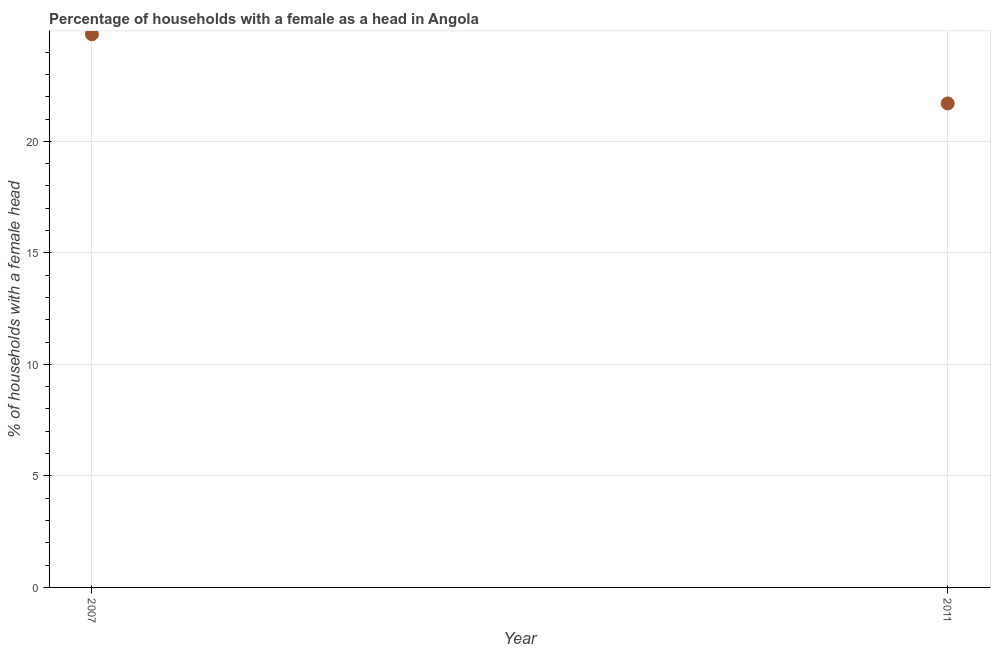
| Year | Female headed households |
 | --- | --- |
 | 2007 | 24.8 |
 | 2011 | 21.7 |